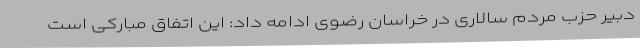
دبیر حزب مردم سالاری در خراسان رضوی ادامه داد: این اتفاق مبارکی است